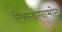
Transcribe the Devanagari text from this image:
रिक्स्दाग्दामोट